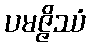
ပမဇ္ဇိဿံ